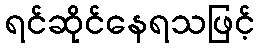
ရင်ဆိုင်နေရသဖြင့်